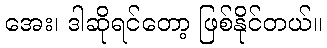
အေး၊ ဒါဆိုရင်တော့ ဖြစ်နိုင်တယ်။